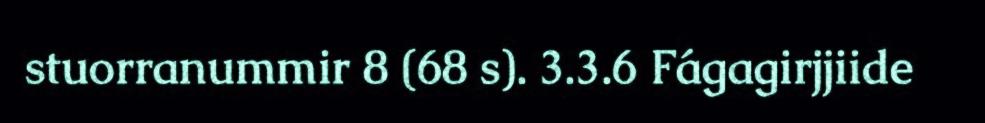
stuorranummir 8 (68 s). 3.3.6 Fágagirjjiide